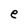
Character: e